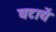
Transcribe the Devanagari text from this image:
घटायें